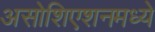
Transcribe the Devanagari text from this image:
असोशिएशनमध्ये